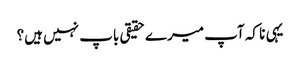
یہی نا کہ آپ میرے حقیقی باپ نہیں ہیں؟